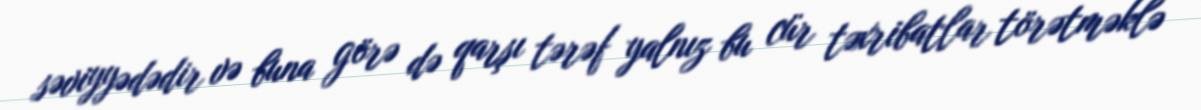
səviyyədədir və buna görə də qarşı tərəf yalnız bu cür təxribatlar törətməklə